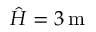
\hat { H } = 3 \, \mathrm { m }